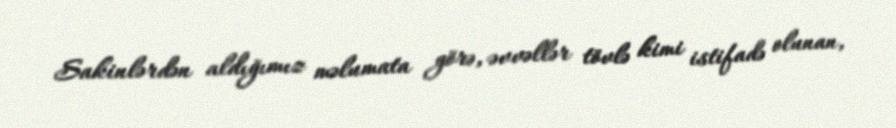
Sakinlərdən aldığımız məlumata görə, əvvəllər tövlə kimi istifadə olunan,